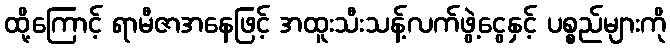
ထို့ကြောင့် ရာမီဇာအနေဖြင့် အထူးသီးသန့်လက်ဖွဲ့ငွေနှင့် ပစ္စည်များကို